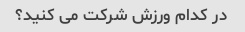
در کدام ورزش شرکت می کنید؟